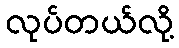
လုပ်တယ်လို့